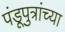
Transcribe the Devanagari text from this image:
पंडूपुत्रांच्या